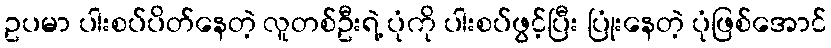
ဥပမာ ပါးစပ်ပိတ်နေတဲ့ လူတစ်ဦးရဲ့ ပုံကို ပါးစပ်ဖွင့်ပြီး ပြုံးနေတဲ့ ပုံဖြစ်အောင်